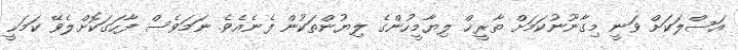
އަސްލަކަށް ވަނީ މިގާނޫނުކަމަށް ތާރީޚް ލިޔާމީހުންގެ ލިޔުންތަކުން ފެނެއެވެ. ނަމަވެސް ފާހަގަކޮށްލެވޭ ކަމަކީ